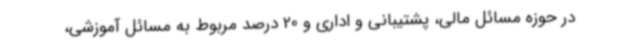
در حوزه مسائل مالی، پشتیبانی و اداری و 20 درصد مربوط به مسائل آموزشی،